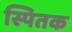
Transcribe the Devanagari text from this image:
स्पितक